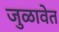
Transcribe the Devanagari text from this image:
जुळावेत